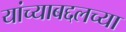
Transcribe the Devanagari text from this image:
यांच्याबद्दलच्या